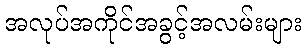
အလုပ်အကိုင်အခွင့်အလမ်းများ